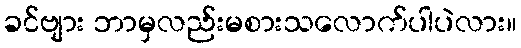
ခင်ဗျား ဘာမှလည်းမစားသလောက်ပါပဲလား။